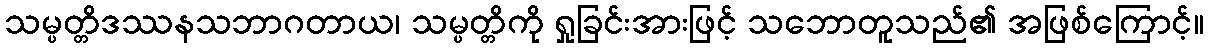
သမ္ပတ္တိဒဿနသဘာဂတာယ၊ သမ္ပတ္တိကို ရှုခြင်းအားဖြင့် သဘောတူသည်၏ အဖြစ်ကြောင့်။